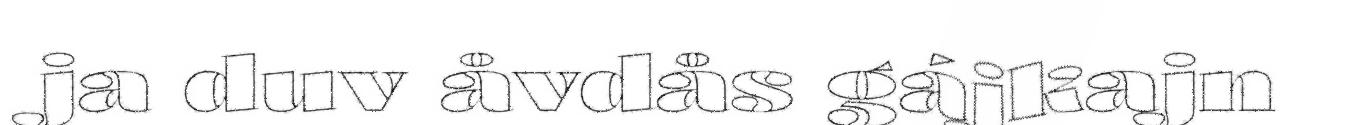
ja duv åvdås gájkajn